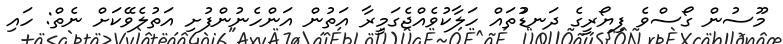
މޫސުން ގޯސްވެ ފިޔޯރީގެ ދަނޑުުތައް ހަލާކުވެއްޖެގަމީރާ އަތުން އަންހެނުންފުށި އަތުލެވޭކަށް ނެތް: ހައި